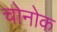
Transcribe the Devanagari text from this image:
चोनोक